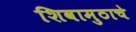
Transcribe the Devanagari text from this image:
शिवामुठाचे